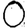
Digit: 0